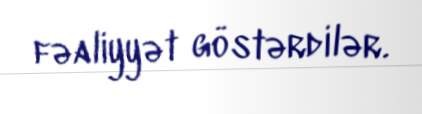
fəaliyyət göstərdilər.